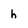
Character: h